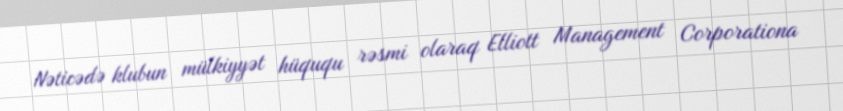
Nəticədə klubun mülkiyyət hüququ rəsmi olaraq Elliott Management Corporationa